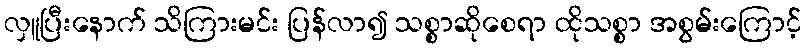
လှူပြီးနောက် သိကြားမင်း ပြန်လာ၍ သစ္စာဆိုစေရာ ထိုသစ္စာ အစွမ်းကြောင့်